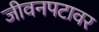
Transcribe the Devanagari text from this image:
जीवनपटावर